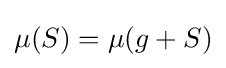
\mu (S)=\mu (g+S)